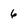
Character: 6